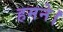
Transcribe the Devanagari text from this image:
हमने।